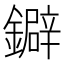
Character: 鐴